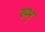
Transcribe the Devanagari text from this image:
ख्भ्